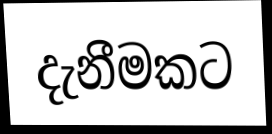
දැනීමකට